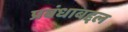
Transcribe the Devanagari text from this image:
प्रबंधाबद्दल